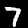
Digit: 7